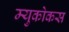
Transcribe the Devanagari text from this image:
म्युकोकस